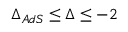
\Delta _ { A d S } \leq \Delta \leq - 2